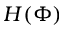
H ( \Phi )